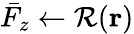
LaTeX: \bar{F}_{z}\gets\mathcal{R}(\mathbf r)